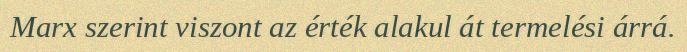
Marx szerint viszont az érték alakul át termelési árrá.